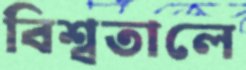
বিশ্বতালে